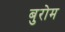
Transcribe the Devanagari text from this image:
बुरोम